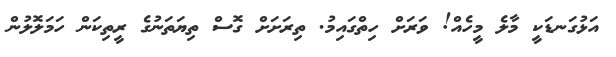
އަޅުގަނޑަކީ މާލެ މީހެއް! ވަރަށް ހިތްގައިމު. ތިރަށަށް ގޮސް ތިޔަތަނުގެ ރީތިކަން ހަމަލޮލުން